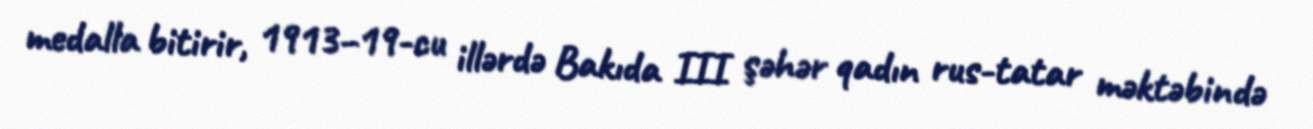
medalla bitirir, 1913–19-cu illərdə Bakıda III şəhər qadın rus-tatar məktəbində